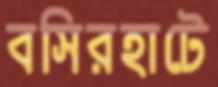
বসিরহাটে